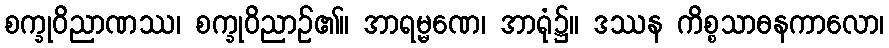
စက္ခုဝိညာဏဿ၊ စက္ခုဝိညာဉ်၏။ အာရမ္မဏေ၊ အာရုံ၌။ ဒဿန ကိစ္စသာဓနကာလော၊